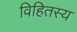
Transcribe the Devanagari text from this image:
विहितस्य